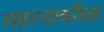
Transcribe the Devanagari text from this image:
महत्वाकाँक्षा